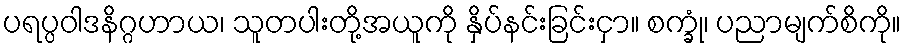
ပရပ္ပဝါဒနိဂ္ဂဟာယ၊ သူတပါးတို့အယူကို နှိပ်နင်းခြင်းငှာ။ စက္ခုံ၊ ပညာမျက်စိကို။